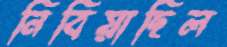
নিবিয়াছিল